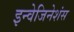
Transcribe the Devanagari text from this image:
इन्वेजिनेशंस